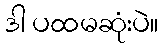
ဒါ ပထမဆုံးပဲ။